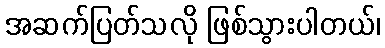
အဆက်ပြတ်သလို ဖြစ်သွားပါတယ်၊